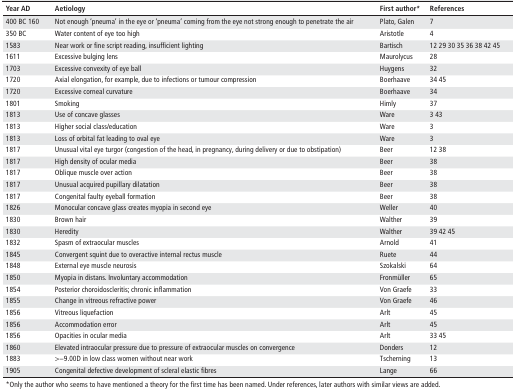
<table><thead><tr><td><b>Year AD</b></td><td><b>Aetiology</b></td><td><b>First author*</b></td><td><b>References</b></td></tr></thead><tbody><tr><td>400 BC 160</td><td>Not enough ‘pneuma’ in the eye or ‘pneuma’ coming from the eye not strong enough to penetrate the air</td><td>Plato, Galen</td><td>7</td></tr><tr><td>350 BC</td><td>Water content of eye too high</td><td>Aristotle</td><td>4</td></tr><tr><td>1583</td><td>Near work or fine script reading, insufficient lighting</td><td>Bartisch</td><td>12 29 30 35 36 38 42 45</td></tr><tr><td>1611</td><td>Excessive bulging lens</td><td>Maurolycus</td><td>28</td></tr><tr><td>1703</td><td>Excessive convexity of eye ball</td><td>Huygens</td><td>32</td></tr><tr><td>1720</td><td>Axial elongation, for example, due to infections or tumour compression</td><td>Boerhaave</td><td>34 45</td></tr><tr><td>1720</td><td>Excessive corneal curvature</td><td>Boerhaave</td><td>34</td></tr><tr><td>1801</td><td>Smoking</td><td>Himly</td><td>37</td></tr><tr><td>1813</td><td>Use of concave glasses</td><td>Ware</td><td>3 43</td></tr><tr><td>1813</td><td>Higher social class/education</td><td>Ware</td><td>3</td></tr><tr><td>1813</td><td>Loss of orbital fat leading to oval eye</td><td>Ware</td><td>3</td></tr><tr><td>1817</td><td>Unusual vital eye turgor (congestion of the head, in pregnancy, during delivery or due to obstipation)</td><td>Beer</td><td>12 38</td></tr><tr><td>1817</td><td>High density of ocular media</td><td>Beer</td><td>38</td></tr><tr><td>1817</td><td>Oblique muscle over action</td><td>Beer</td><td>38</td></tr><tr><td>1817</td><td>Unusual acquired pupillary dilatation</td><td>Beer</td><td>38</td></tr><tr><td>1817</td><td>Congenital faulty eyeball formation</td><td>Beer</td><td>38</td></tr><tr><td>1826</td><td>Monocular concave glass creates myopia in second eye</td><td>Weller</td><td>40</td></tr><tr><td>1830</td><td>Brown hair</td><td>Walther</td><td>39</td></tr><tr><td>1830</td><td>Heredity</td><td>Walther</td><td>39 42 45</td></tr><tr><td>1832</td><td>Spasm of extraocular muscles</td><td>Arnold</td><td>41</td></tr><tr><td>1845</td><td>Convergent squint due to overactive internal rectus muscle</td><td>Ruete</td><td>44</td></tr><tr><td>1848</td><td>External eye muscle neurosis</td><td>Szokalski</td><td>64</td></tr><tr><td>1850</td><td>Myopia in distans. Involuntary accommodation</td><td>Fronmüller</td><td>65</td></tr><tr><td>1854</td><td>Posterior choroidoscleritis; chronic inflammation</td><td>Von Graefe</td><td>33</td></tr><tr><td>1855</td><td>Change in vitreous refractive power</td><td>Von Graefe</td><td>46</td></tr><tr><td>1856</td><td>Vitreous liquefaction</td><td>Arlt</td><td>45</td></tr><tr><td>1856</td><td>Accommodation error</td><td>Arlt</td><td>45</td></tr><tr><td>1856</td><td>Opacities in ocular media</td><td>Arlt</td><td>33 45</td></tr><tr><td>1860</td><td>Elevated intraocular pressure due to pressure of extraocular muscles on convergence</td><td>Donders</td><td>12</td></tr><tr><td>1883</td><td>&gt;−9.00D in low class women without near work</td><td>Tscherning</td><td>13</td></tr><tr><td>1905</td><td>Congenital defective development of scleral elastic fibres</td><td>Lange</td><td>66</td></tr></tbody></table>